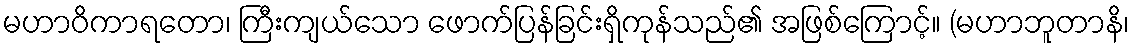
မဟာဝိကာရတော၊ ကြီးကျယ်သော ဖောက်ပြန်ခြင်းရှိကုန်သည်၏ အဖြစ်ကြောင့်။ (မဟာဘူတာနိ၊